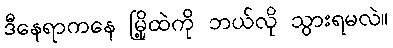
ဒီနေရာကနေ မြို့ထဲကို ဘယ်လို သွားရမလဲ။